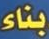
بناء